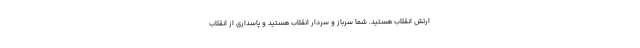
ارتش انقلاب هستید. شما سرباز و سردار انقلاب هستید و پاسداری از انقلاب